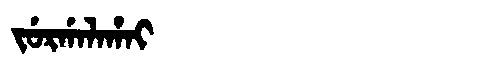
Manchu: ᠵᡠᡵᡤᠠᠯᠠᡥᠠᡳ
Romanization: JURGALAHAI